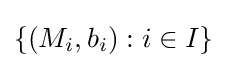
\left\{\left(M_{i},b_{i}\right):i\in I\right\}